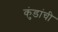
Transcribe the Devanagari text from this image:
कुंडांची